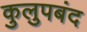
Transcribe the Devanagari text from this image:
कुलुपबंद